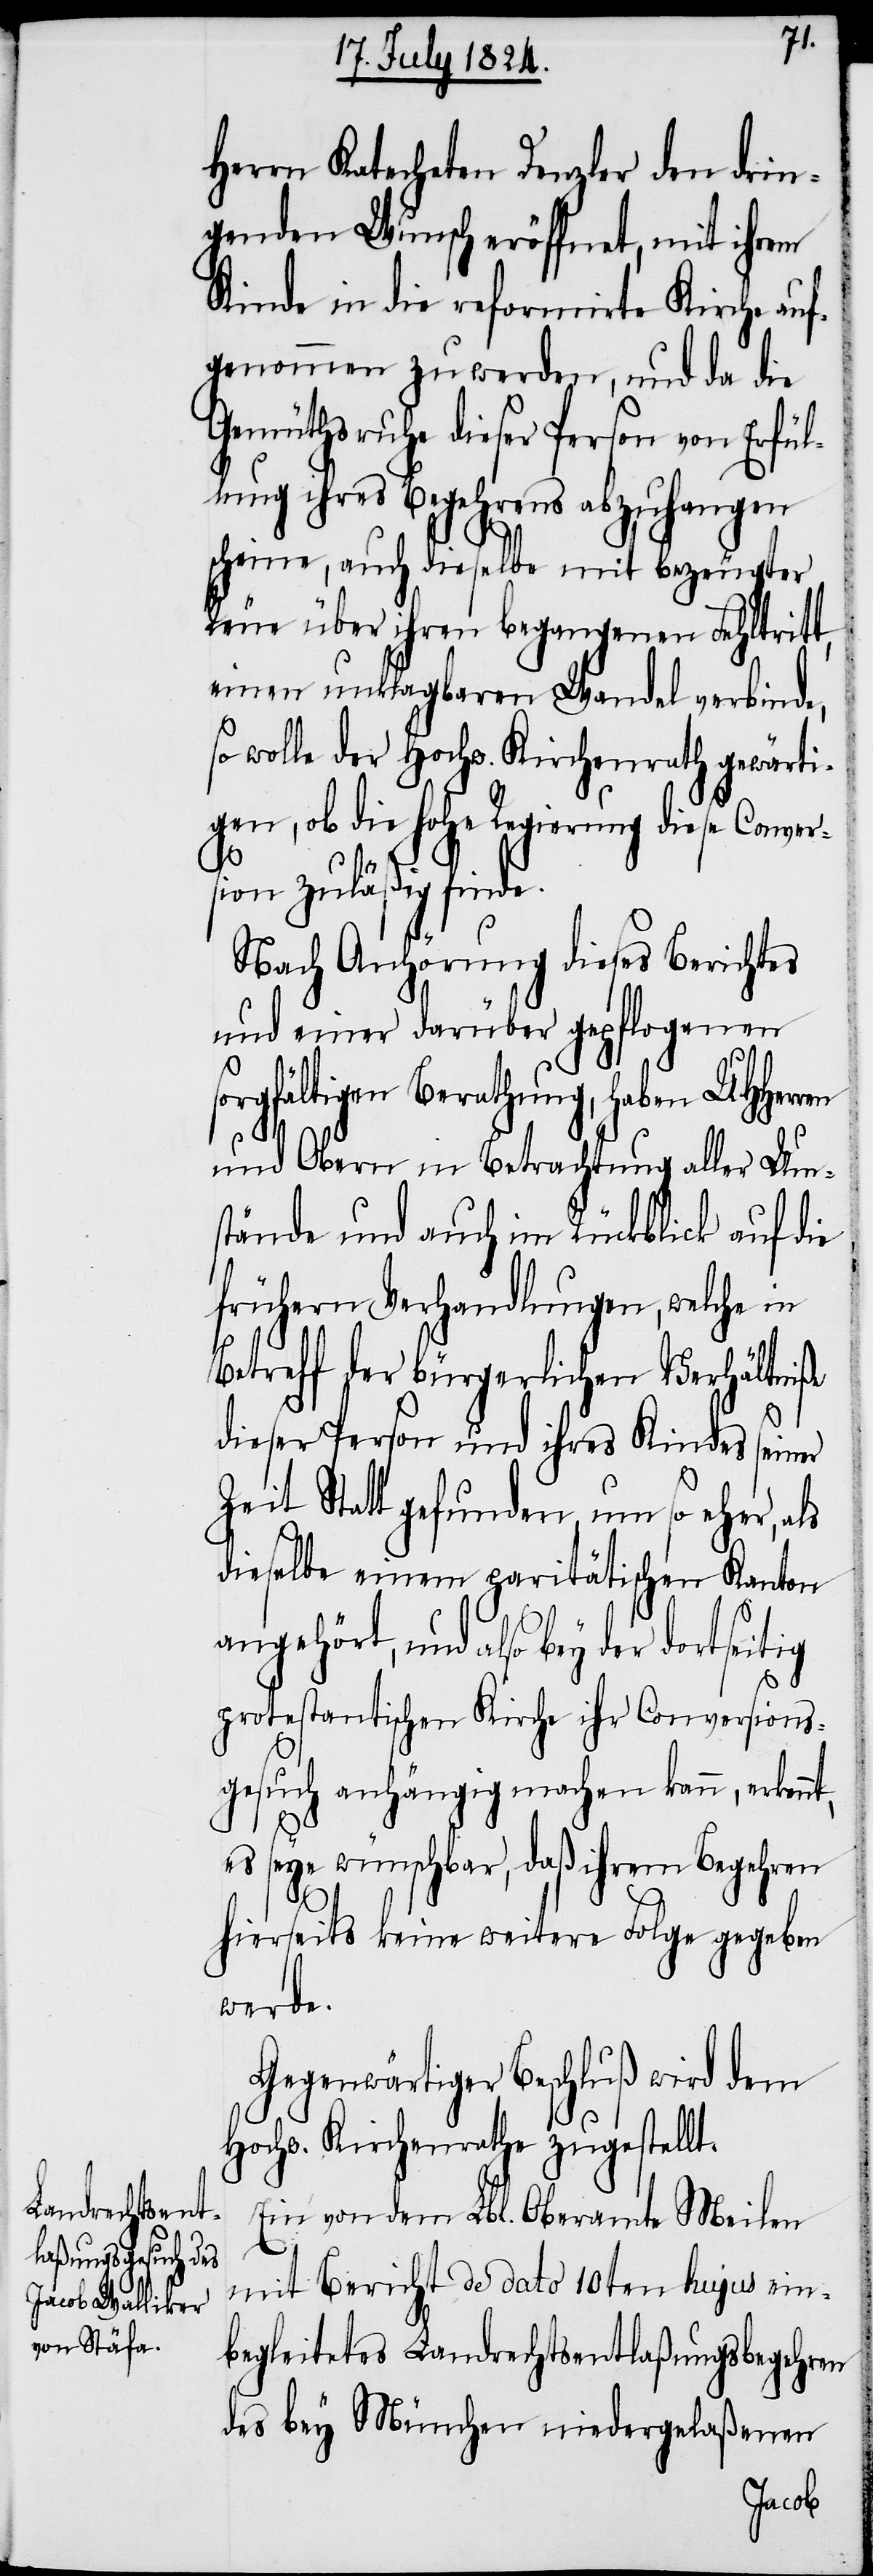
nt,
Herrn Katecheten Denzler den drin¬
genden Wunsch eröffnet, mit ihrem
Kinde in die reformirte Kirche auf¬
genommen zu werden, und da die
Gemüthsruhe dieser Person von Erfül¬
lung ihres Begehrens abzuhangen
scheine, auch dieselbe mit bezeugter
Reue über ihren begangenen Fehltritt,
einen unklagbaren Wandel verbinde,
so wolle der Hochw. Kirchenrath gewärti¬
gen, ob die hohe Regierung diese Conver¬
sion zuläßig finde.
Nach Anhörung dieses Berichtes
und einer darüber gepflogenen
sorgfältigen Berathung, haben UHHerren
und Obern in Betrachtung aller Um¬
stände und auch im Rückblick auf die
frühern Verhandlungen, welche in
Betreff der bürgerlichen Verhältniße
dieser Person und ihres Kindes seiner
Zeit Statt gefunden, um so eher, als
dieselbe einem paritätischen Kanton
angehört, und also bey der dortseitig
protestantischen Kirche ihr Conversions¬
gesuch anhängig machen kann, erken¬
es seye wünschbar, daß ihrem Begehren
hierseits keine weitere Folge gegeben
werde.
Gegenwärtiger Beschluß wird dem
Hochw. Kirchenrath zugestellt.
Ein von dem Lbl. Oberamte Meilen
mit Bericht de dato 10ten hujus ein¬
begleitetes Landrechtsentlaßungsbegehren
des bey München niedergelaßenen